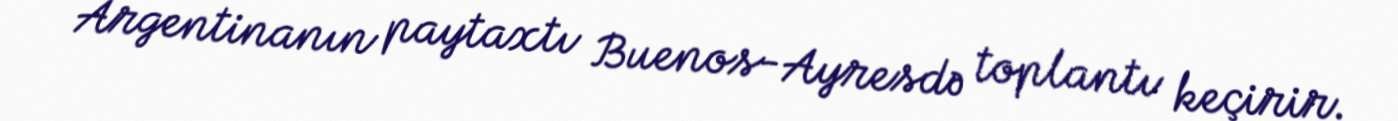
Argentinanın paytaxtı Buenos-Ayresdə toplantı keçirir.